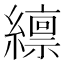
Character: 𫄊